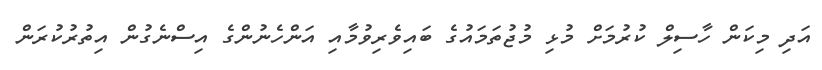
އަދި މިކަން ހާސިލް ކުރުމަށް މުޅި މުޖުތަމައުގެ ބައިވެރިވުމާއި އަންހެނުންގެ އިސްނެގުން އިތުރުކުރަން